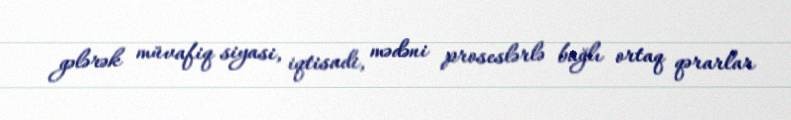
gələrək müvafiq siyasi, iqtisadi, mədəni proseslərlə bağlı ortaq qərarlar